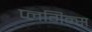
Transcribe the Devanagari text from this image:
प्लगिन्स